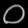
Digit: ၀